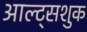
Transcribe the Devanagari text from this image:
आल्ट्सशुक